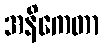
အနိကေတာ